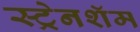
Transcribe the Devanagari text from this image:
स्ट्रेनशॅम